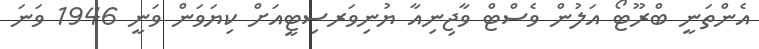
އެންތަނީ ބްރޫޓޯ އަލުން ވެސްޓް ވާޖިނިއާ ޔުނިވަރސިޓީއަށް ކިޔަވަން ވަނީ 1946 ވަނަ